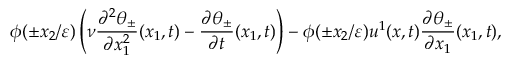
\phi ( \pm x _ { 2 } / \varepsilon ) \left( \nu \frac { \partial ^ { 2 } \theta _ { \pm } } { \partial x _ { 1 } ^ { 2 } } ( x _ { 1 } , t ) - \frac { \partial \theta _ { \pm } } { \partial t } ( x _ { 1 } , t ) \right) - \phi ( \pm x _ { 2 } / \varepsilon ) u ^ { 1 } ( x , t ) \frac { \partial \theta _ { \pm } } { \partial x _ { 1 } } ( x _ { 1 } , t ) ,